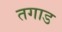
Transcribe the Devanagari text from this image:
तगाड